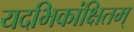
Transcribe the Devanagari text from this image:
यदभिकांक्षितम्